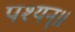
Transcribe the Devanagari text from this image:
पश्यन्॥